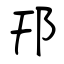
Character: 邗